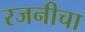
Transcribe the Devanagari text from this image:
रजनीचा